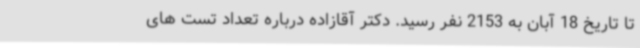
تا تاریخ 18 آبان به 2153 نفر رسید. دکتر آقازاده درباره تعداد تست های